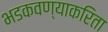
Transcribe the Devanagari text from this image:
भडकवण्याकरिता